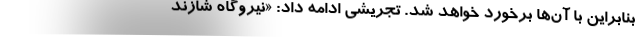
بنابراین با آن‌ها برخورد خواهد شد. تجریشی ادامه داد: «نیروگاه شازند